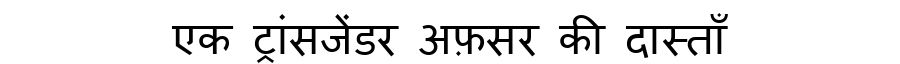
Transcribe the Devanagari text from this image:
एक ट्रांसजेंडर अफ़सर की दास्ताँ